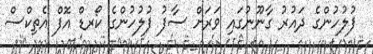
ފުލުހުންގެ ދައުރު ގާނޫނުގައި ވަރަށް ސާފު ފުލުހުންގެ ކޯރޑް އޮފް އެތިކްސް